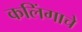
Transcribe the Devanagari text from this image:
कलिंगाचे